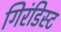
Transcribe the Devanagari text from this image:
गिरंडिस्ट